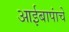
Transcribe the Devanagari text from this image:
आईबापांचे